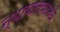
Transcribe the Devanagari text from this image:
न्यायालयामधे